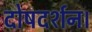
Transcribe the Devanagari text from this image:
दोषदर्शन।